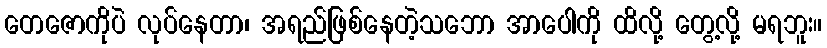
တေဇောကိုပဲ လုပ်နေတာ၊ အရည်ဖြစ်နေတဲ့သဘော အာပေါကို ထိလို့ တွေ့လို့ မရဘူး။